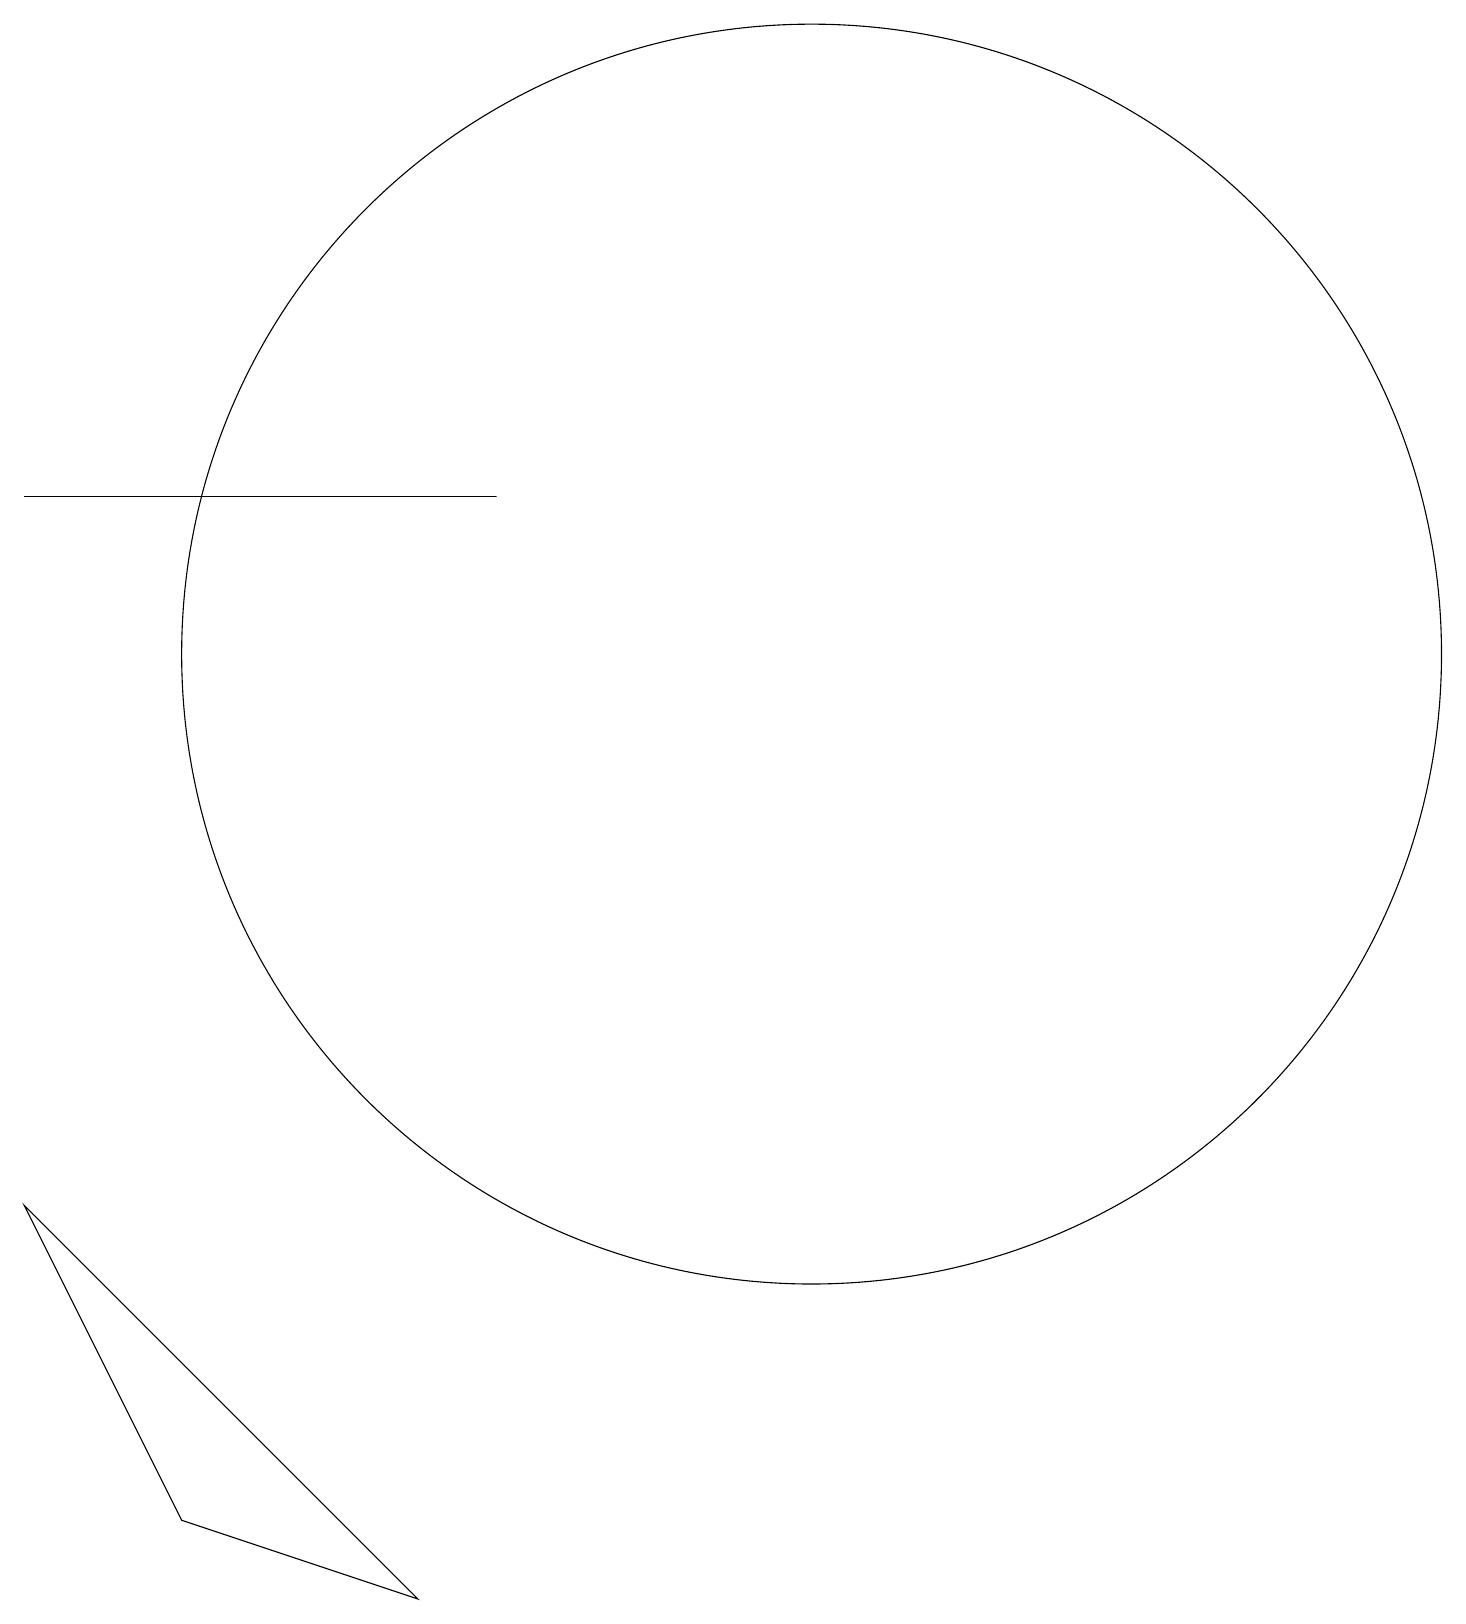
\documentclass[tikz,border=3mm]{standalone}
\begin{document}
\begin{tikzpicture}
\draw (11,12) circle (8);
\draw (1,14) rectangle (7,14);
\draw (6,0) -- (1,5) -- (3,1) -- cycle;
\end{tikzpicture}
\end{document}